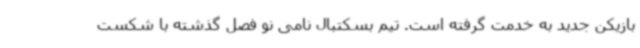
بازیکن جدید به خدمت گرفته است. تیم بسکتبال نامی نو فصل گذشته با شکست